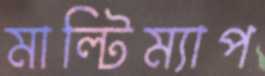
মাল্টিম্যাপ